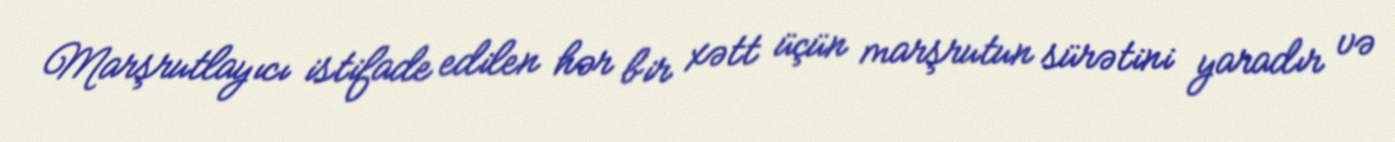
Marşrutlayıcı istifade edilen hər bir xətt üçün marşrutun sürətini yaradır və